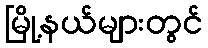
မြို့နယ်များတွင်